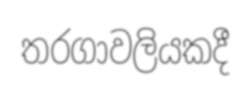
තරගාවලියකදී